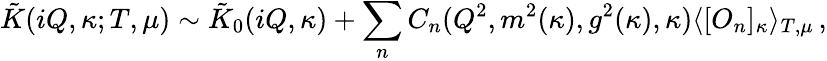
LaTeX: \tilde{K}(iQ,\kappa;T,\mu)\sim\tilde{K}_{0}(iQ,\kappa)+\sum_{n}C_{n}(Q^{2},m^{2}(\kappa),g^{2}(\kappa),\kappa)\langle[O_{n}]_{\kappa}\rangle_{T,\mu}\, ,